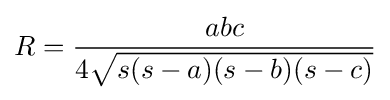
R={\frac {abc}{4{\sqrt {s(s-a)(s-b)(s-c)}}}}